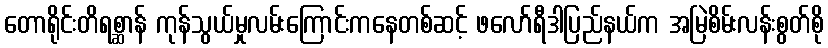
တောရိုင်းတိရစ္ဆာန် ကုန်သွယ်မှုလမ်းကြောင်းကနေတစ်ဆင့် ဖလော်ရီဒါပြည်နယ်က အမြဲစိမ်းလန်းစွတ်စို